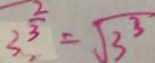
3 ^ { \frac { 2 } { 3 } } = \sqrt { 3 ^ { 3 } }